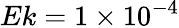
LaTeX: Ek=1\times 10^{-4}